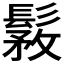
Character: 𩭾